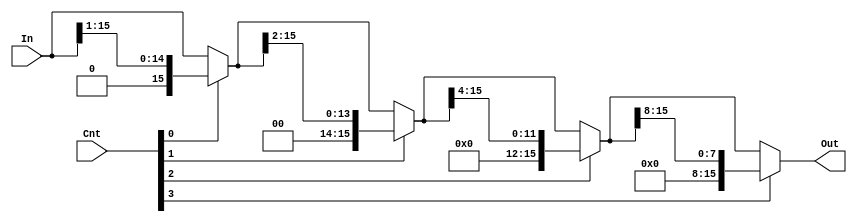
module right_logical (In, Cnt, Out);
   
   input [15:0] In;
   input [3:0]  Cnt;
   output [15:0] Out;
   wire [15:0] First_Out, Second_Out, Third_Out;

//mux2_1 MUX1[15:0] (In[15:0], {1'd0, In[15:1]}, Cnt[0], First_Out[15:0]);
//mux2_1 MUX2[15:0] (First_Out[15:0], {{2{1'd0}}, First_Out[15:2]}, Cnt[1], Second_Out[15:0]);
//mux2_1 MUX3[15:0] (Second_Out[15:0], {{4{1'd0}}, Second_Out[15:4]}, Cnt[2], Third_Out[15:0]);
//mux2_1 MUX4[15:0] (Third_Out[15:0], {{8{1'd0}}, Third_Out[15:8]}, Cnt[3], Out[15:0]);

   assign First_Out = (Cnt[0]) ? {1'd0, In[15:1]} : In[15:0];
   assign Second_Out = (Cnt[1]) ? {{2{1'd0}}, First_Out[15:2]} : First_Out[15:0];
   assign Third_Out = (Cnt[2]) ? {{4{1'd0}}, Second_Out[15:4]} : Second_Out[15:0];
   assign Out = (Cnt[3]) ? {{8{1'd0}}, Third_Out[15:8]} : Third_Out[15:0];

endmodule